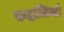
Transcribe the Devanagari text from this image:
फ़हमियां